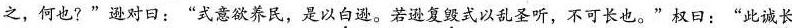
之，何也?”逊对日：”式意欲养民，是以\underset{·}{白}逊。若逊复\underset{·}{毁}式以乱圣听，不可长也。”权日：”此诚\underset{·}{长}